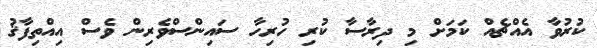
ކުރުވާ އެއްޗެއް ކަމަށް މި ދިރާސާ ކުރި ހުރިހާ ސައިންސްވެރިން ވެސް އިއްތިފާޤު